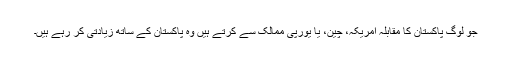
جو لوگ پاکستان کا مقابلہ امریکہ، چین، یا یورپی ممالک سے کرتے ہیں وہ پاکستان کے ساتھ زیادتی کر رہے ہیں۔